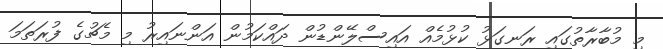
މި މުބާރާތުގައި ރަނގަޅު ކުޅުމެއް އައިސްލޭންޑުން ދައްކަމުން އަންނައިރު މި މެޗުގެ ފުރަތަމަ